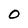
Character: 0